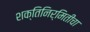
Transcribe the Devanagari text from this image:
शक्तिनिर्मितीचा